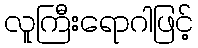
လူကြီးရောဂါဖြင့်